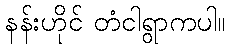
နန်းဟိုင် တံငါရွာကပါ။